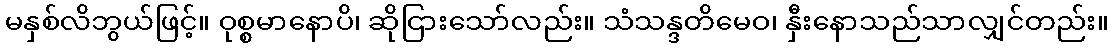
မနှစ်လိဘွယ်ဖြင့်။ ဝုစ္စမာနောပိ၊ ဆိုငြားသော်လည်း။ သံသန္ဒတိမေဝ၊ နှီးနောသည်သာလျှင်တည်း။